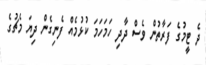
ދެ ޓީމުގެ ފަރާތުން ވެސް ދާދި ހަމަހަމަ ކުޅުމެއް ފެނިގެން ދިޔަ މެޗުގެ